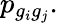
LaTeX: p_{g_{i}g_{j}}.